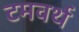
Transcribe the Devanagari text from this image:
टमवर्थ